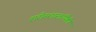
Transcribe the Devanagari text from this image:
शरीरशास्त्रांपैकी